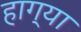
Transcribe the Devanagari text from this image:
हाग्या